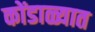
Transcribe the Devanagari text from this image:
कोंडाळ्यात